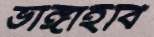
ভাঙ্গাইবি